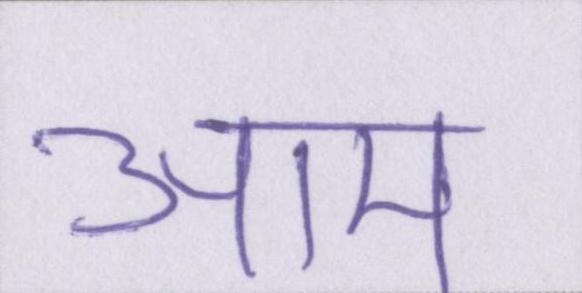
आम